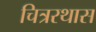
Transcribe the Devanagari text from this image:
चित्ररथास